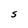
Character: s